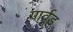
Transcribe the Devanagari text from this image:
गार्वुड